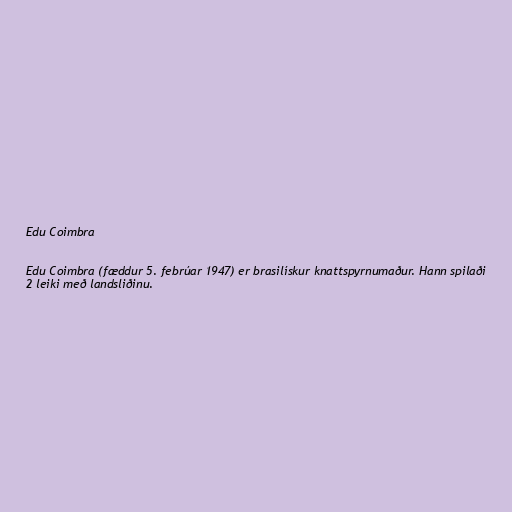
Edu Coimbra

Edu Coimbra (fæddur 5. febrúar 1947) er brasilískur knattspyrnumaður. Hann spilaði
2 leiki með landsliðinu.